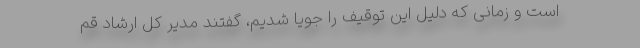
است و زمانی که دلیل این توقیف را جویا شدیم، گفتند مدیر کل ارشاد قم